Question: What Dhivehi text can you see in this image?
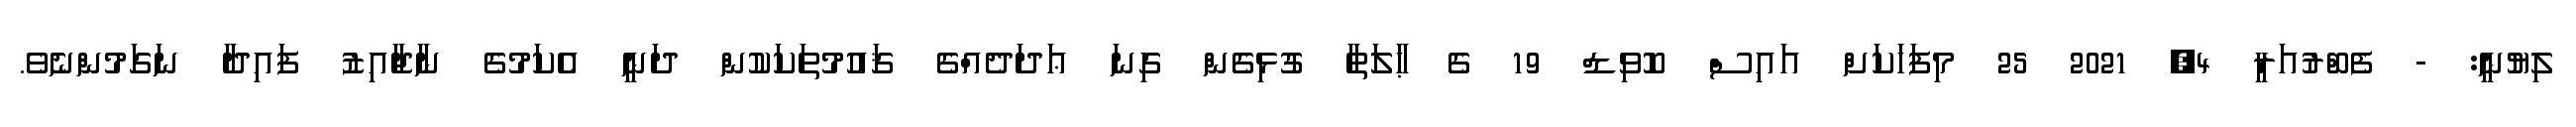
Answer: ލިޔުނީ: - ފެބްރުއަރީ 4, 2021 25 މިފަހަކަށް އައިސް ކޮވިޑް 19 ގެ ޙާލަތާ ގުޅިގެން ގިނަ ޢަދަދެއްގެ ޤައުމުތަކަކުން ދަނީ އެކަމުގެ ނާޖާއިޒު ފައިދާ ނަގަމުންނެވެ.